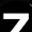
Digit: 7